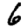
Digit: 6